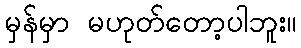
မှန်မှာ မဟုတ်တော့ပါဘူး။